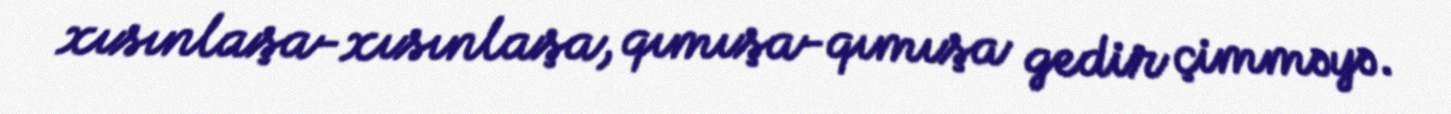
xısınlaşa-xısınlaşa, qımışa-qımışa gedir çimməyə.